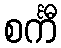
စင်္ကီ